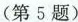
(第5题)